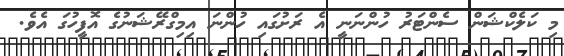
މި ކަލެކްޝަން ސެންޓަރު ހުންނަނީ އެ ރަށުގައި ހުންނަ އިމިގްރޭޝަނުގެ އޮފީހުގަ އެވެ.